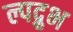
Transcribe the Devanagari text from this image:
ल्पद्रुभ